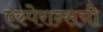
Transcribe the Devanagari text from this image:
एस्पेरान्सची